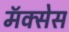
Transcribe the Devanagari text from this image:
मॅक्सेस